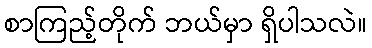
စာကြည့်တိုက် ဘယ်မှာ ရှိပါသလဲ။